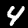
Digit: 4